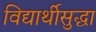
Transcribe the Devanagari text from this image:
विद्यार्थीसुद्धा